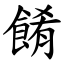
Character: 餚